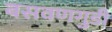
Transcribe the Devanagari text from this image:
बसवणगुडी